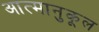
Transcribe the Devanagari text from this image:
आत्मानुकूल